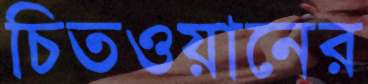
চিতওয়ানের